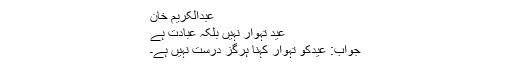
عبدالکریم خان
عید تہوار نہیں بلکہ عبادت ہے
جواب: عیدکو تہوار کہنا ہرگز درست نہیں ہے۔